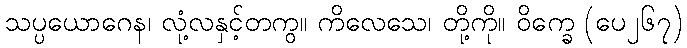
သပ္ပယောဂေန၊ လုံ့လနှင့်တကွ။ ကိလေသေ၊ တို့ကို။ ဝိက္ခေ (ပေ၂၆၇)